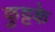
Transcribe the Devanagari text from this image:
कुट्टके